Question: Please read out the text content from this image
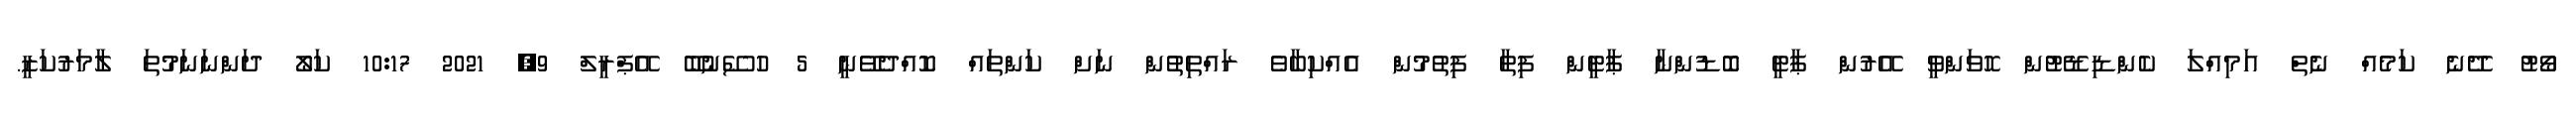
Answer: ވޯޓު ދޭނެ ކަމެއް ނެތް އަމިއްލަ ކެންޑިޑޭޓުން ހޮވަންވީ އޭރުން ޕާޓީ ބޮޑުންނާ ޕާޓީން ފިތާ ފިތުމުން އެއްކިބާވެ ރައްތިތުން ނަށް ކަންތައް ކޮއްދެވޭނީ 5 ހުސޭނުބޭ އޭޕްރީލް 9, 2021 10:17 ކަލޯ ދަންނަނަމުތަ ލާމަރުކަޒީ.